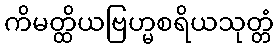
ကိမတ္ထိယဗြဟ္မစရိယသုတ္တံ